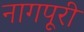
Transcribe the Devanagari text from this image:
नागपूरी